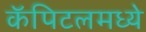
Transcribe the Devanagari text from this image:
कॅपिटलमध्ये